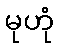
မုဟုံ